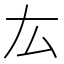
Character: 厷